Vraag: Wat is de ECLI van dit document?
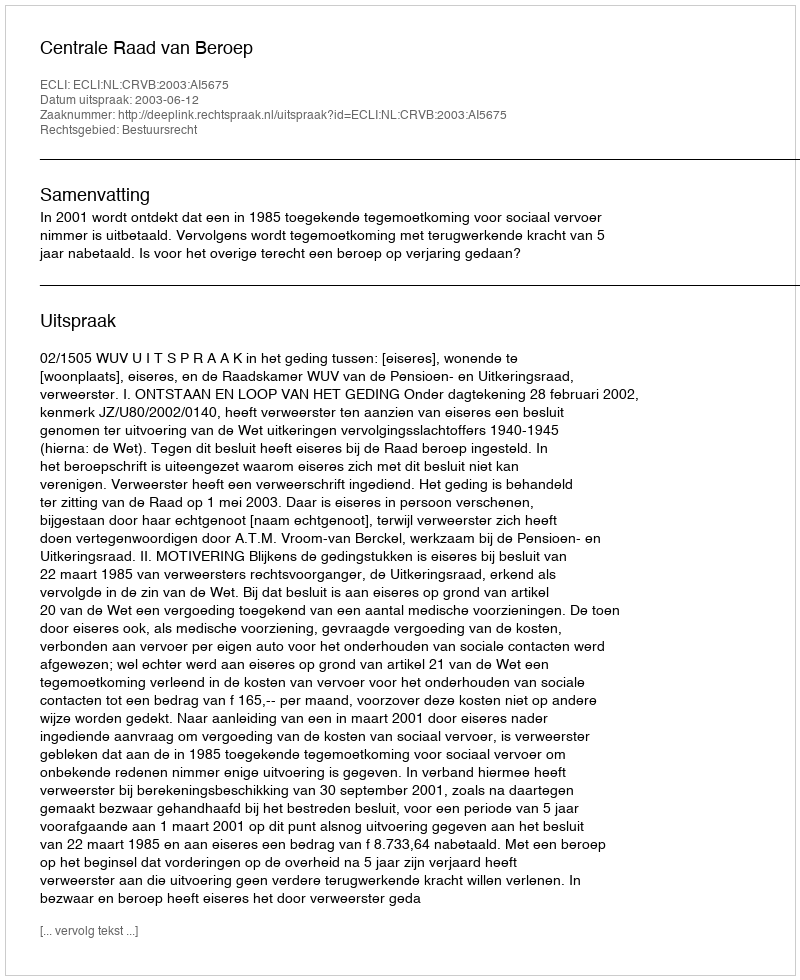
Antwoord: ECLI:NL:CRVB:2003:AI5675